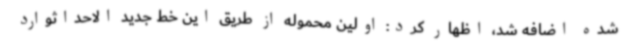
شده اضافه شد، اظهار کرد: اولین محموله از طریق این خط جدید الاحداثوارد